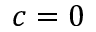
c = 0